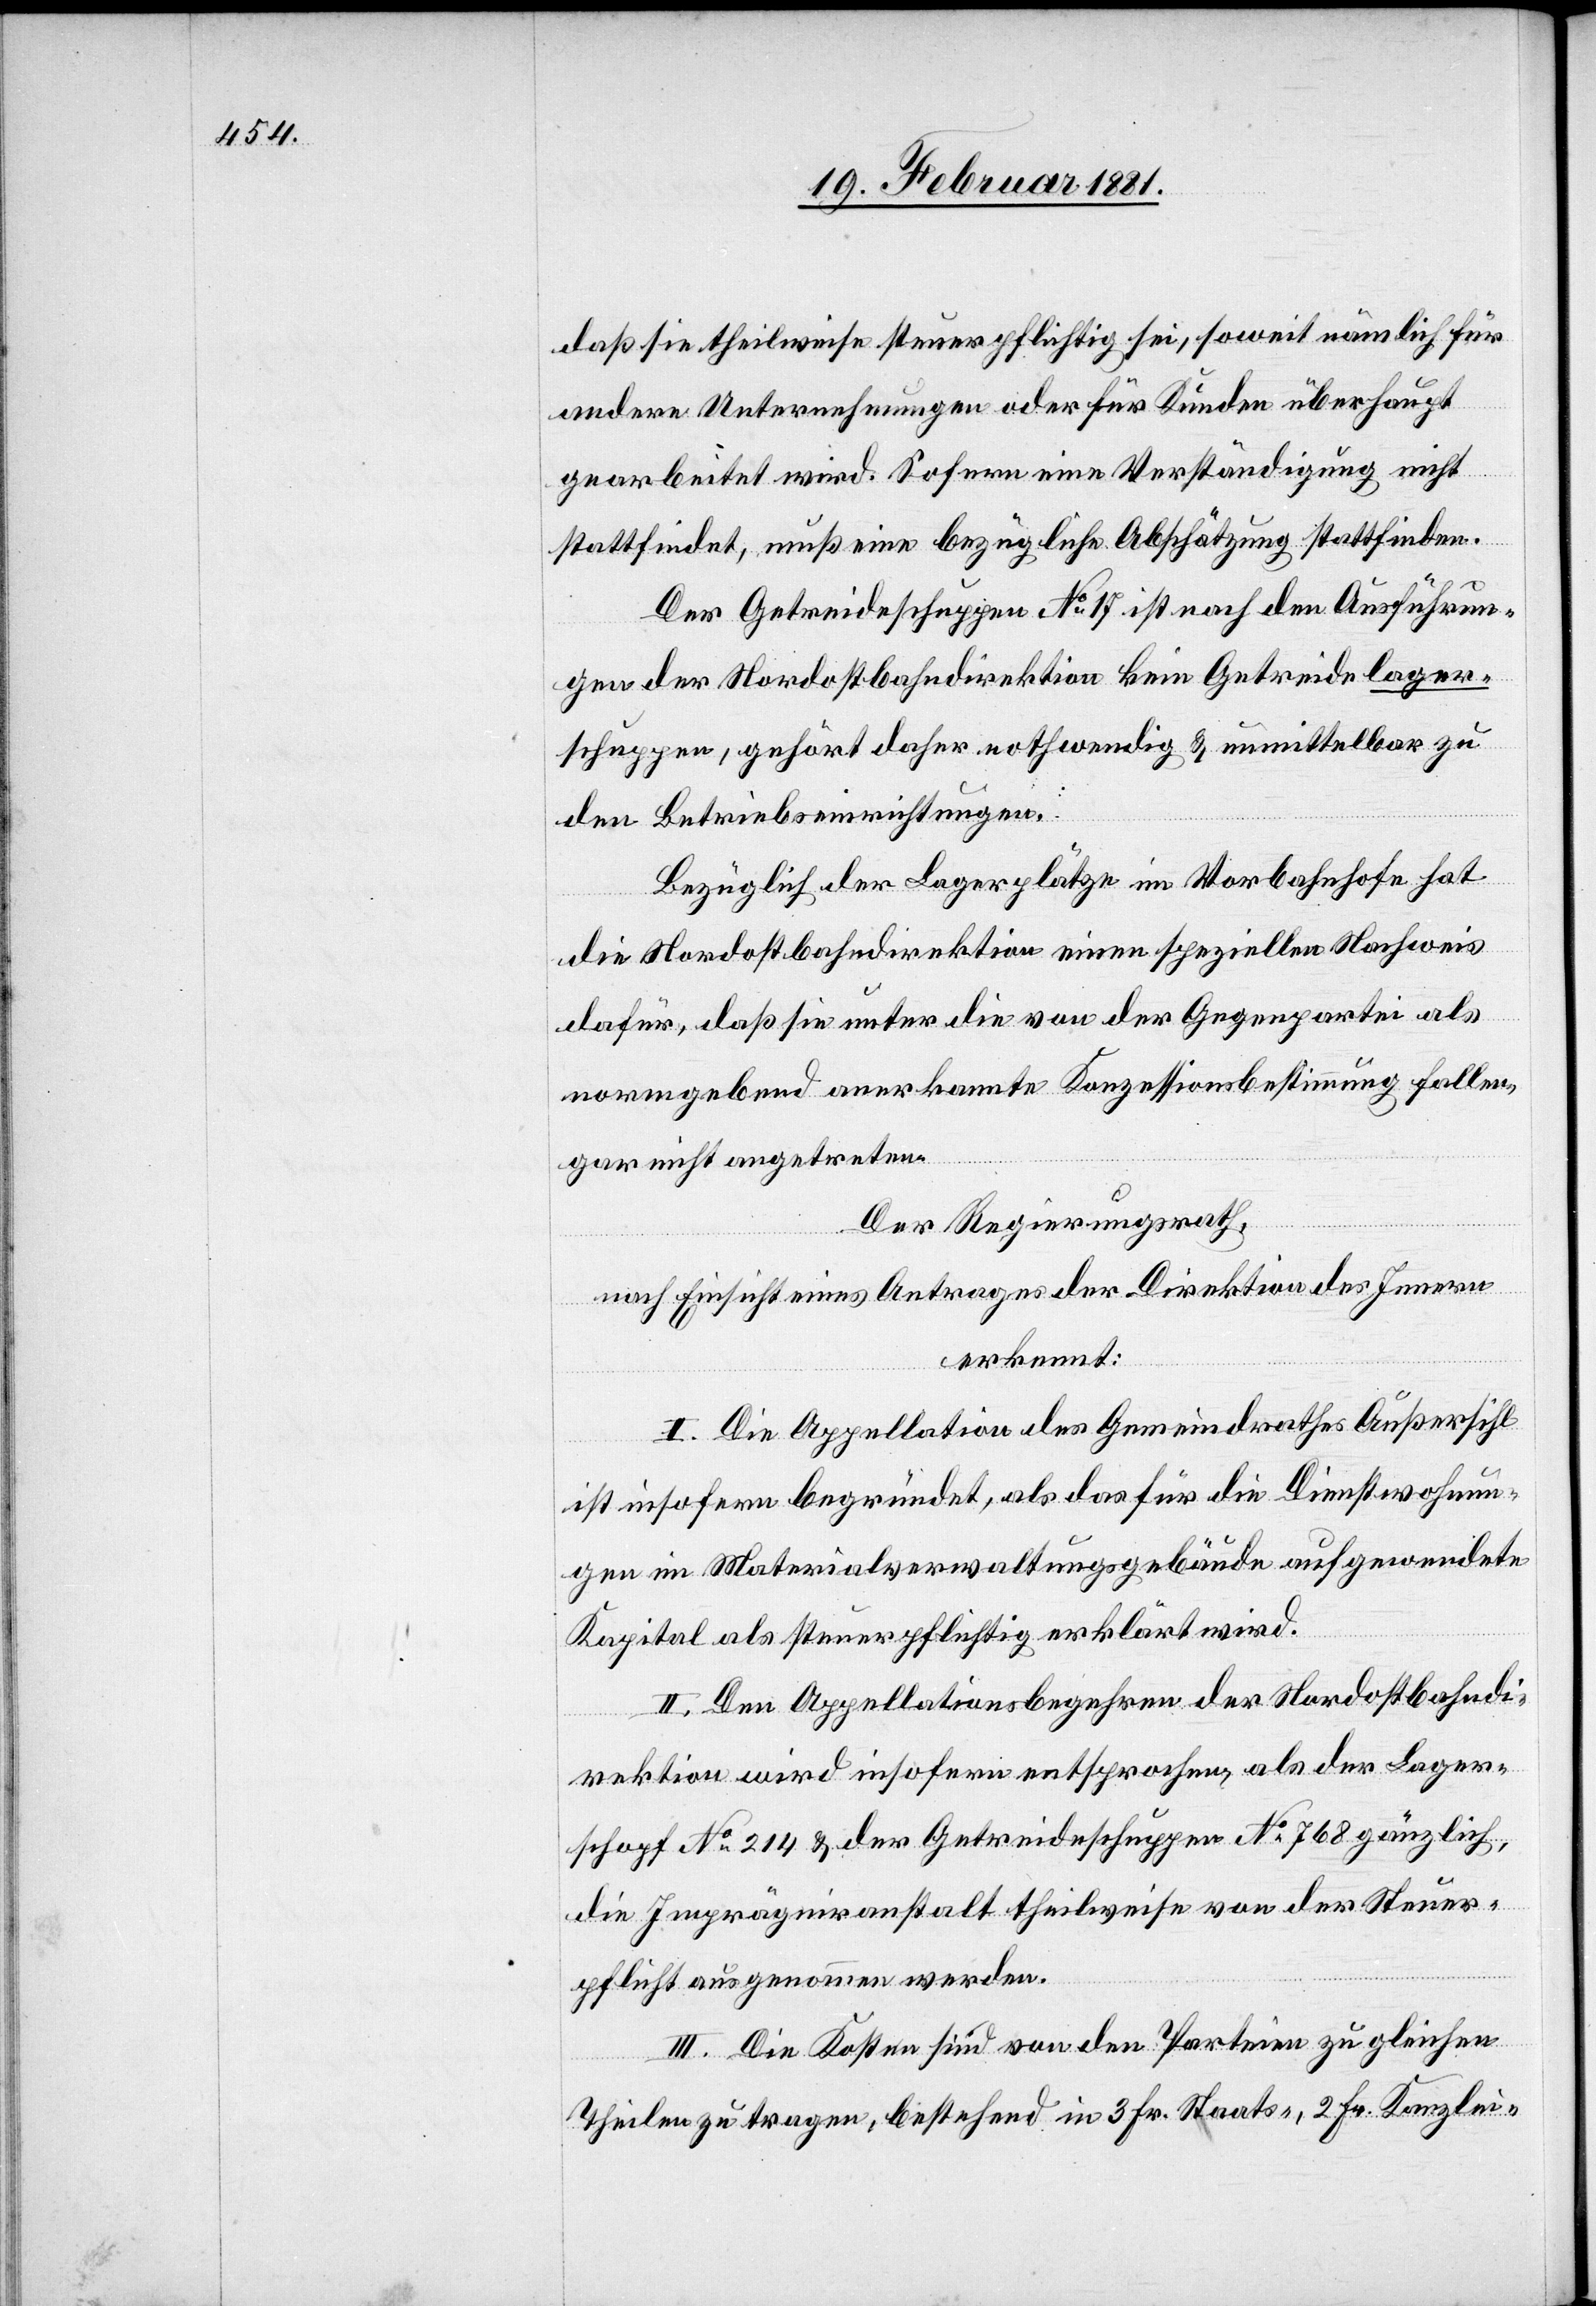
daß sie theilweise steuerpflichtig sei, soweit nämlich für
andere Unternehmungen oder für Kinder überhaupt
gearbeitet wird. Sofern eine Verständigung nicht
stattfindet, muß eine bezügliche Abschätzung stattfinden.
Der Getreideschuppen No 17 ist nach den Ausführun¬
gen der Nordostbahndirektion kein Getreidelager¬
schuppen, gehört daher nothwendig & unmittelbar zu
den Betriebseinrichtungen.
Bezüglich der Lagerplätze im Vorbahnhofe hat
die Nordostbahndirektion einen speziellen Nachweis
dafür, daß sie unter die von der Gegenpartei als
normgebend anerkannte Konzessionsbestimmung fallen,
gar nicht angetreten.
Der Regierungsrath,
nach Einsicht eines Antrages der Direktion des Innern
erkannt:
I. Die Appellation des Gemeindrathes Außersihl
ist insofern begründet, als das für die Dienstwohnun¬
gen im Materialverwaltungsgebäude aufgewendete
Kapital als steuerpflichtig erklärt wird.
II. Den Appellationsbegehren der Nordostbahndi¬
rektion wird insofern entsprochen, als der Lager¬
schopf No 214 & der Getreideschuppen No 768 gänzlich,
die Imprägniranstalt theilweise von der Steuer¬
pflicht ausgenommen werden.
III. Die Kosten sind von den Parteien zu gleichen
Theilen zu tragen, bestehend in 3 Fr. Staats-, 2 Fr. Kanzlei-